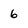
Character: 6